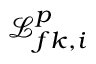
\mathcal { L } _ { f k , i } ^ { p }